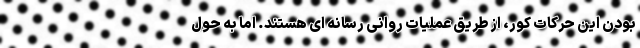
بودن این حرکات کور، از طریق عملیات روانی رسانه ای هستند. اما به حول